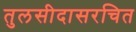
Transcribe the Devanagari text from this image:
तुलसीदासरचित